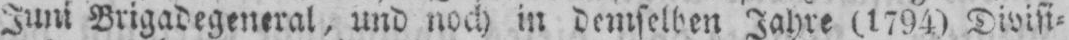
Juni Brigadegeneral, und noch in demselben Jahre (1794) Divisi⸗